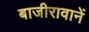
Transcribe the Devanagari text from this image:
बाजीरावानें